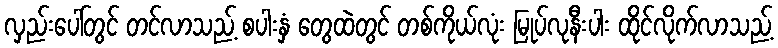
လှည်းပေါ်တွင် တင်လာသည့် စပါးနှံ တွေထဲတွင် တစ်ကိုယ်လုံး မြုပ်လုနီးပါး ထိုင်လိုက်လာသည့်